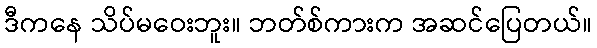
ဒီကနေ သိပ်မဝေးဘူး။ ဘတ်စ်ကားက အဆင်ပြေတယ်။